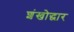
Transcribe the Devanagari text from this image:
शंखोद्धार